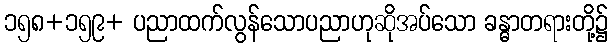
၁၅၈+၁၅၉+ ပညာထက်လွန်သောပညာဟုဆိုအပ်သော ခန္ဓာတရားတို့၌